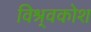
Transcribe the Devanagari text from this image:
विश्र्वकोश